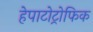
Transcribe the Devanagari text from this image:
हेपाटोट्रोफिक